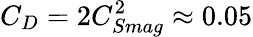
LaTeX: C_{D}=2C_{Smag}^{2}\approx 0.05